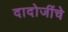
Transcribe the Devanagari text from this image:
दादोजींचे